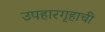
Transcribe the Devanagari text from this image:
उपहारगृहाची